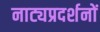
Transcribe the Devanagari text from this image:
नाट्यप्रदर्शनों